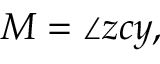
M = \angle z c y ,